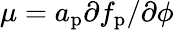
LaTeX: \mu=a_{\mathrm{p}}\partial f_{\mathrm{p}}/\partial\phi